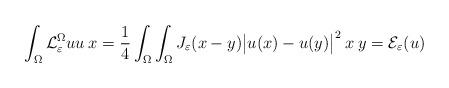
LaTeX: \begin{align*}\int_{\Omega}\mathcal{L}^{\Omega}_\varepsilon uu\:x = \frac{1}{4}\int_{\Omega}\int_{\Omega}J_\varepsilon(x-y)\big|u(x) - u(y)\big|^2\:x\:y = \mathcal{E}_\varepsilon(u)\end{align*}